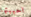
احببتها